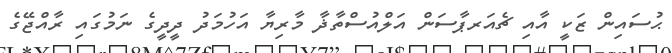
ޙުސައިން ޒަކީ އާއި ޗެއަރޕާސަން އަލްއުސްތާޛާ މާރިޔާ އަހުމަދު ދީދީގެ ނަމުގައި ރާއްޖޭގެ